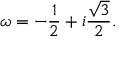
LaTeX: \omega = - { \frac { 1 } { 2 } } + i { \frac { \sqrt { 3 } } { 2 } } .